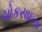
ચોકસાઇના